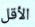
الأقل